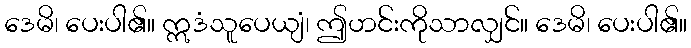
ဒေမိ၊ ပေးပါ၏။ ဣဒံသူပေယျံ၊ ဤဟင်းကိုသာလျှင်။ ဒေမိ၊ ပေးပါ၏။